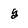
Character: g